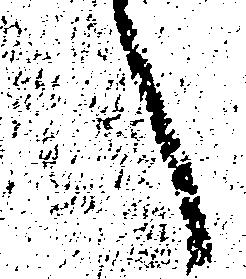
へ